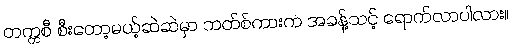
တက္ကစီ စီးတော့မယ့်ဆဲဆဲမှာ ဘတ်စ်ကားက အခန့်သင့် ရောက်လာပါလား။